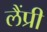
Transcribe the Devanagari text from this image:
लैंप्री